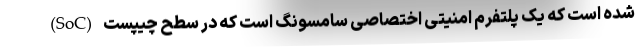
شده است که یک پلتفرم امنیتی اختصاصی سامسونگ است که در سطح چیپست (SoC)